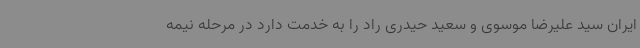
ایران سید علیرضا موسوی و سعید حیدری راد را به خدمت دارد در مرحله نیمه